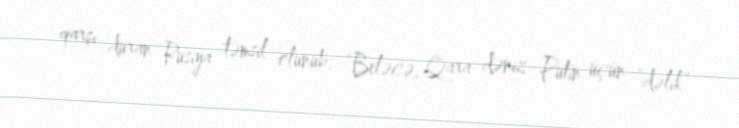
qarşı duran Rusiya təmsil olunub: “Beləcə, Qara dəniz Putin üçün “dəlik”